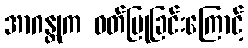
အာဂန္တုက ဝတ်ပြုခြင်းကြောင့်